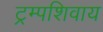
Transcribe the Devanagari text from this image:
ट्रम्पशिवाय